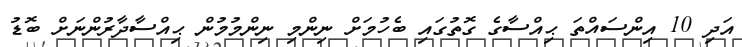
އަދި 10 އިންސައްތަ ޙިއްސާގެ ގޮތުގައި ބެހުމަށް ނިންމި ނިންމުމުން ޙިއްސާދާރުންނަށް ބޮޑު